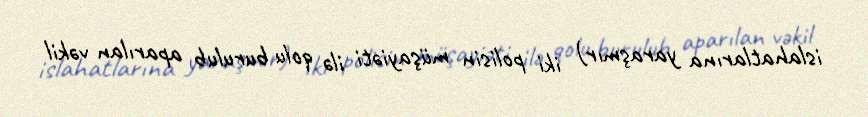
islahatlarına yaraşmır) iki polisin müşayiəti ilə qolu burulub aparılan vəkil